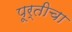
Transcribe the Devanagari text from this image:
पूर्तीचा